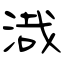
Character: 渽